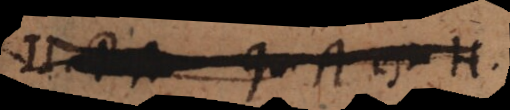
ergo qu. A est H.